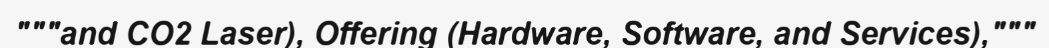
"""and CO2 Laser), Offering (Hardware, Software, and Services),"""